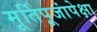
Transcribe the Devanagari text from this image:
मूर्तिपूजांपेक्षा